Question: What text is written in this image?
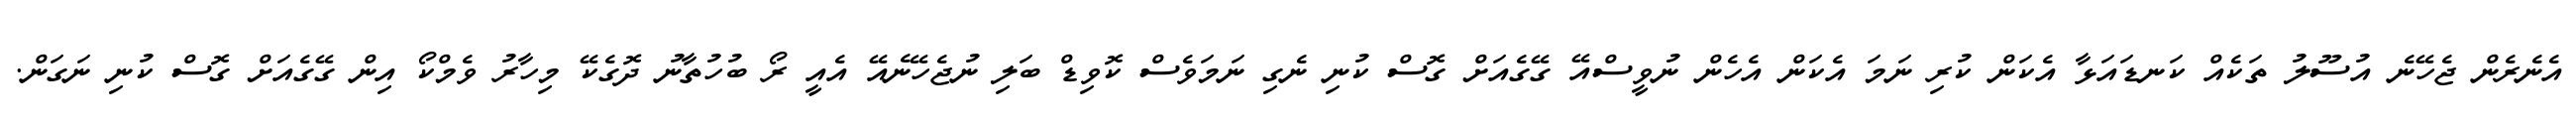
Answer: އެނެރެން ޖެހޭނެ އުސޫލު ތަކެއް ކަނޑައަޅާ އެކަން ކުރި ނަމަ އެކަން އެހެން ނުވީސްއޭ ގޭގެއަށް ގޮސް ކުނި ނެގި ނަމަވެސް ކޮވިޑް ބަލި ނުޖެހޭނެއޭ އެއީ ރޯ ބުހުތާނު ދޮގެކޭ މިހާރު ވެމްކޯ އިން ގޭގެއަށް ގޮސް ކުނި ނަގަން.